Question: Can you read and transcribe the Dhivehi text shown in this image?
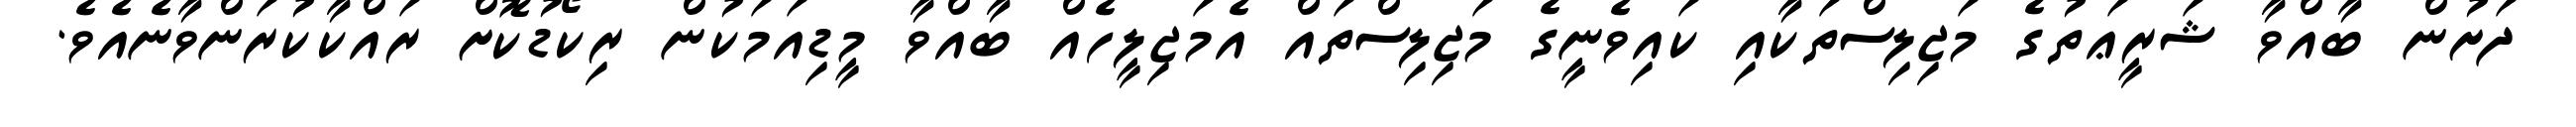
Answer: ދަށުން ބާއްވާ ޝަރީޢަތުގެ މަޖިލިސްތަކާއި ކައިވެނީގެ މަޖިލިސްތައް އެމަޖިލީހެއް ބާއްވާ މީޑިއަމަކުން ރިކޯޑުކޮށް ރައްކާކުރަންވާނެއެވެ.